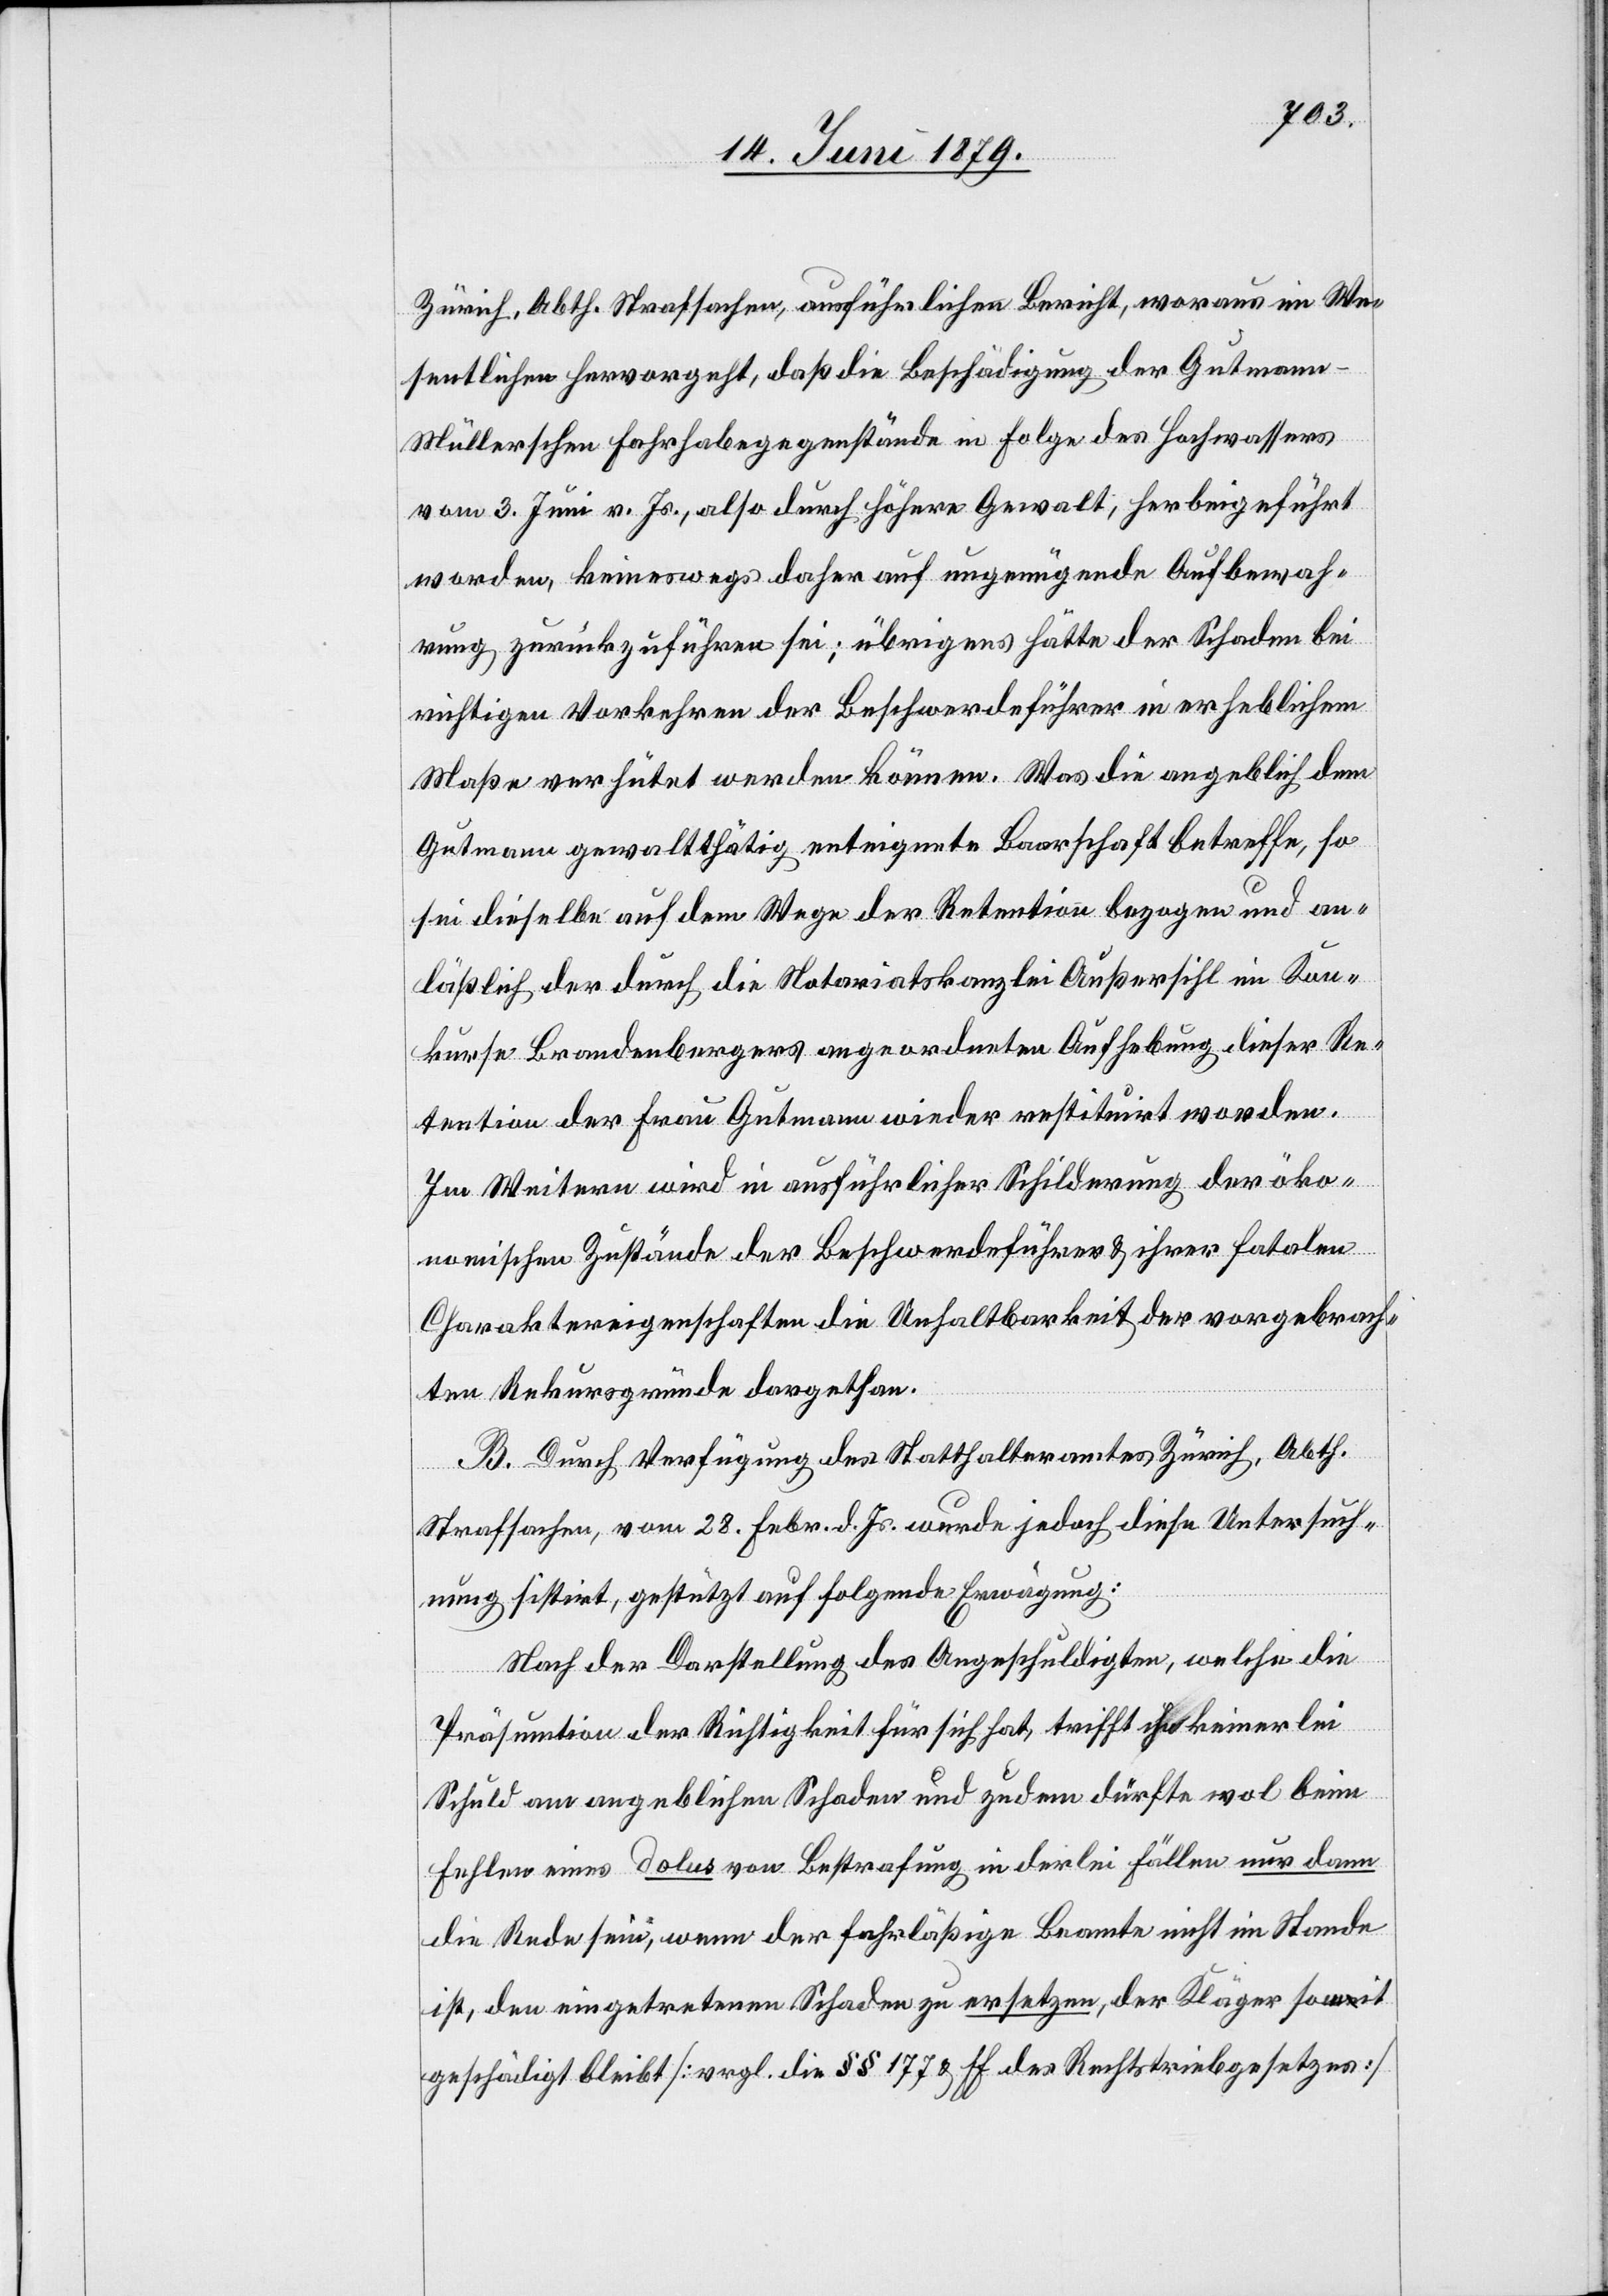
Zürich, Abth. Strafsachen, ausführlichen Bericht, woraus im We¬
sentlichen hervorgeht, daß die Beschädigung der Gutmann-M¬
üllerschen Fahrhabegegenstände in Folge des Hochwassers
vom 3. Juni v. Js., also durch höhere Gewalt, herbeigeführt
worden, keineswegs daher auf ungenügende Aufbewah¬
rung zurückzuführen sei; übrigens hätte der Schaden bei
richtigen Vorkehren der Beschwerdeführer in erheblichem
Maße verhütet werden können. Was die angeblich dem
Gutmann gewaltthätig enteignete Baarschaft betreffe, so
sei dieselbe auf dem Wege der Retention bezogen und an¬
läßlich der durch die Notariatskanzlei Außersihl im Kon¬
kurse Brandenbergers angeordneten Aufhebung dieser Re¬
tention der Frau Gutmann wieder restituirt worden.
Im Weitern wird in ausführlicher Schilderung der öko¬
nomischen Zustände der Beschwerdeführer & ihrer fatalen
Charaktereigenschaften die Unhaltbarkeit der vorgebrach¬
ten Rekursgründe dargethan.
B. Durch Verfügung des Statthalteramtes Zürich, Abth.
Strafsachen, vom 28. Febr. d. Js. wurde jedoch diese Untersuch¬
ung sistirt, gestützt auf folgende Erwägung:
Nach der Darstellung des Angeschuldigten, welche die
Präsumtion der Richtigkeit für sich hat, trifft ihn keinerlei
Schuld am angeblichen Schaden und zudem dürfte wol beim
Fehlen eines dolus von Bestrafung in derlei Fällen nur dann
die Rede sein, wenn der fahrläßige Beamte nicht im Stande
ist, den eingetretenen Schaden zu ersetzen, der Kläger soweit
geschädigt bleibt [vergl. die §§ 177 & ff des Rechtstriebgesetzes]